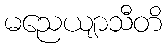
မညေယျာသီတိ